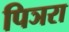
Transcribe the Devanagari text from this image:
पिञरा